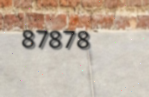
87878